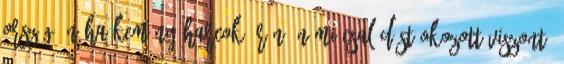
ország, néha kemény harcok árán. Némi csalódást okozott viszont,